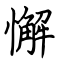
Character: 懈